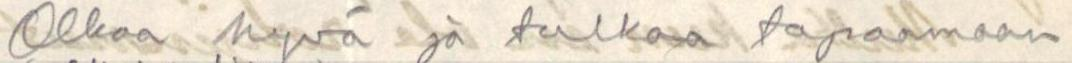
Olkaa hyvä ja tulkaa tapaamaan